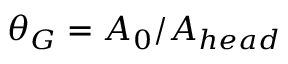
\theta _ { G } = A _ { 0 } / A _ { h e a d }